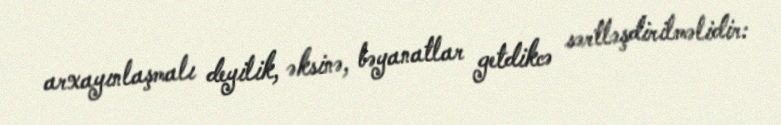
arxayınlaşmalı deyilik, əksinə, bəyanatlar getdikcə sərtləşdirilməlidir: